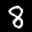
Label: 8